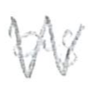
Text: as
Cross-out: zig-zag
Writing tool: pencil